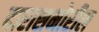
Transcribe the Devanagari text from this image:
दारासमोरील